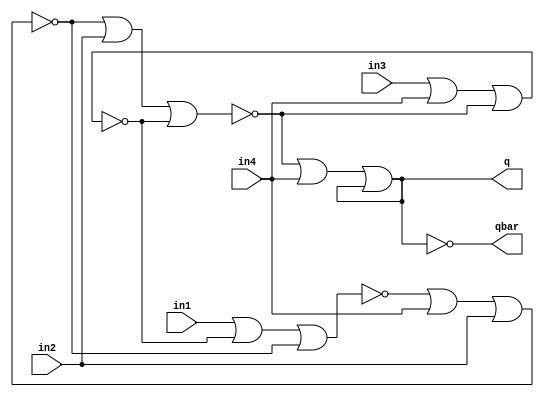
// mioc-flop-mos
//
// Edward Diaz , 08_21_22
//
// This is a RTL representation of the original mos layout
// configuration that uses an open drain configuration. This
// was created because of an issuesimulating the NMOS version 
// with ICARUS verilog
//

`timescale 1ns / 1 ns

// mioc-flop-rtl
//
module mioc_flop_gates (
    q,
    qbar,

    in1,            // async   reset
    in2,            // negedge clk         // negedge reset (???)
    in3,            // sync    D          // inverted negedge reset  
    in4             // async   set
    );

   output q;
   output qbar;

   input  in1;
   input  in2;
   input  in3;
   input  in4;

   //reg    qr, n_qr; 

   wire   w_i1z;
   wire   w_i2z;   
   wire   w_n1z;   
   wire   w_n2z;
   wire   w_n3z;
   wire   w_n4z;   
   wire   w_n5z;
   wire   w_n6z;  

   // INST I1
   assign w_i1z = ~w_n2z;

   // INST I2
   assign w_i2z = ~w_n3z;

   // INST N1
   assign w_n1z = ~(in3 | in4 | w_n6z);
   
   // INST N2
   assign w_n2z = ~(w_n6z | in4 | w_i1z);

   // INST N3
   assign w_n3z = ~(w_n2z | w_n5z | in1);

   // INST N4
   assign w_n4z = ~(in1 | w_n1z | w_n5z);

   // INST N5
   assign w_n5z = ~(w_n4z | in4 | in2);

   // INST N6
   assign w_n6z = ~(w_n5z | in2 | w_n1z);
      
   assign q = w_i1z;
   assign qbar = w_n2z;
   
    
endmodule